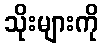
သိုးများကို